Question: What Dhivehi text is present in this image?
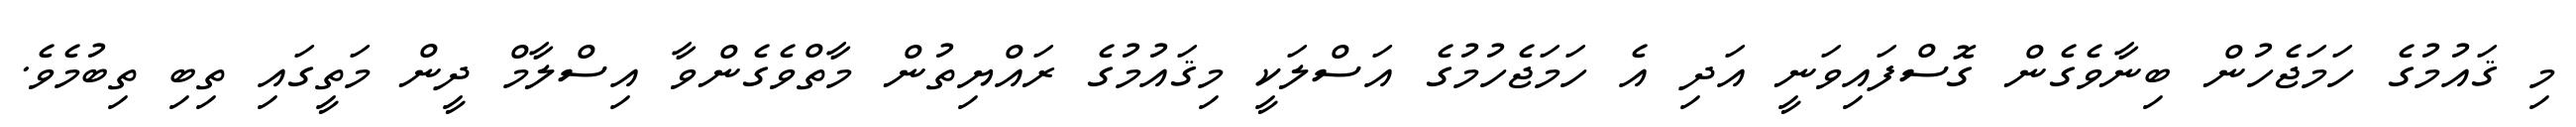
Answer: މި ޤައުމުގެ ހަމަޖެހުން ބިނާވެގެން ގޮސްފައިވަނީ އަދި އެ ހަމަޖެހުމުގެ އަސްލަކީ މިޤައުމުގެ ރައްޔިތުން މާތްވެގެންވާ އިސްލާމް ދީން މަތީގައި ތިބި ތިބުމެވެ.